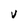
Character: V